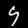
Label: 9